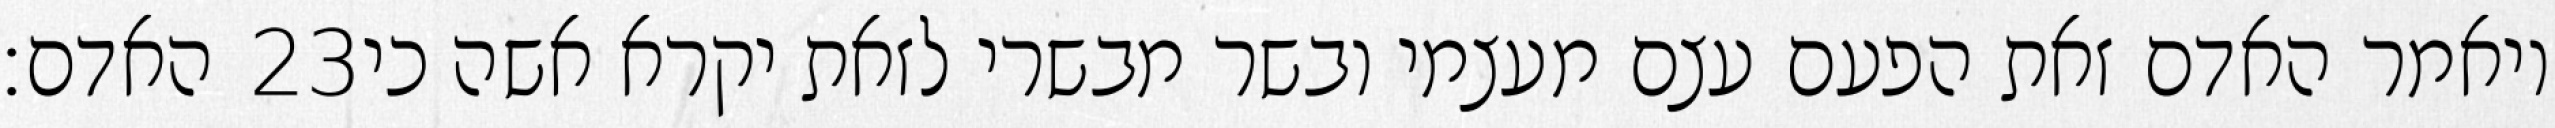
האדם׃ ‎23‏ ויאמר האדם זאת הפעם עצם מעצמי ובשר מבשרי לזאת יקרא אשה כי